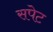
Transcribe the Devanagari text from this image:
सपेट